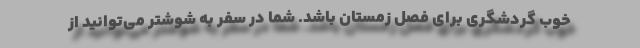
خوب گردشگری برای فصل زمستان باشد. شما در سفر به شوشتر می‌توانید از